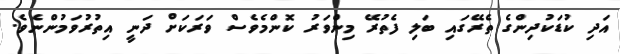
އަދި ކުޑަކުދިންގެ ތެރޭގައި ބަލި ފެތުރޭ މިންވަރު ކޮންމެވެސް ވަރަކަށް ދަނީ އިތުރުވަމުންނެވެ.